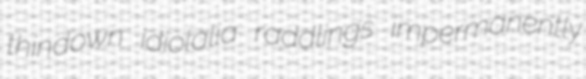
thindown idiolalia raddlings impermanently